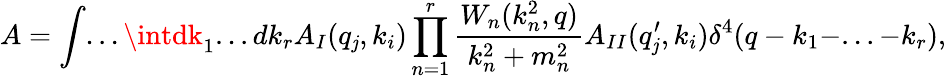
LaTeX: A=\int...\intdk_{1}...dk_{r}A_{I}(q_{\mathit{j}},k_{i})\prod_{n=1}^{r}\frac{{W_{n}(k_{n}^{2},q)}}{{k_{n}^{2}+m_{n}^{2}}}A_{II}(q_{\mathit{j}}^{\prime},k_{i})\delta^{4}(q-k_{1}-...-k_{r}),